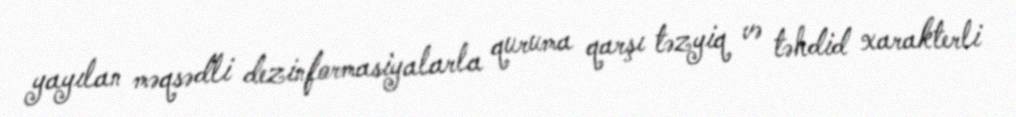
yayılan məqsədli dezinformasiyalarla quruma qarşı təzyiq və təhdid xarakterli